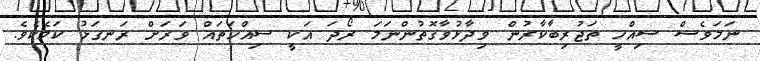
ނަމަވެސް ސިއްހީ ތަޖުރިބާކާރުން ވިދާޅުވާގޮތުންނަމަ ރޯދަ އަކީ ސިއްހަތައް ވަރަށް ރަނގަޅު ކަމެކެވެ.